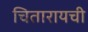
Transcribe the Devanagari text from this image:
चितारायची